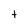
Character: t